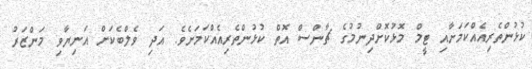
ކުޅުންތެރިއެއްކަމަށާއި ޓީމް މޮޅުކޮށްދިނުމުގެ ޗާންސް އޮތް ކުޅުންތެރިއެއްކަމަށެވެ. އަދި ވެލްބެކަށް އަނިޔާވި މަންޒަރު